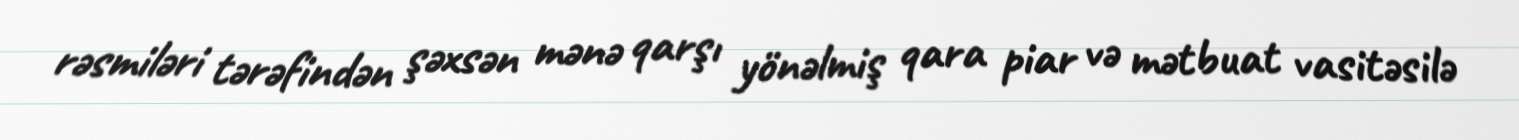
rəsmiləri tərəfindən şəxsən mənə qarşı yönəlmiş qara piar və mətbuat vasitəsilə